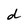
Character: d